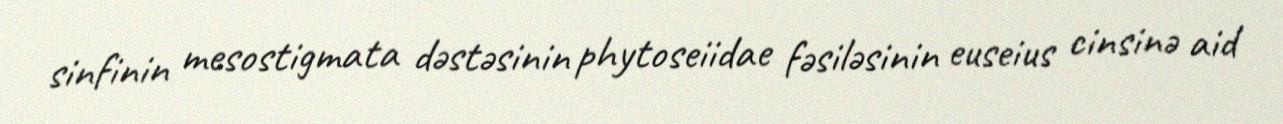
sinfinin mesostigmata dəstəsinin phytoseiidae fəsiləsinin euseius cinsinə aid